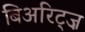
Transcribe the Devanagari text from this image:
बिअरिट्ज़